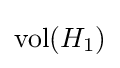
\operatorname {vol} (H_{1})